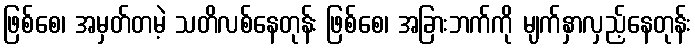
ဖြစ်စေ၊ အမှတ်တမဲ့ သတိလစ်နေတုန်း ဖြစ်စေ၊ အခြားဘက်ကို မျက်နှာလှည့်နေတုန်း